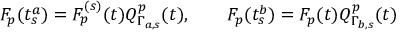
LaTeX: F _ { p } ( t _ { s } ^ { a } ) = F _ { p } ^ { ( s ) } ( t ) Q _ { \Gamma _ { a , s } } ^ { p } ( t ) , \qquad F _ { p } ( t _ { s } ^ { b } ) = F _ { p } ( t ) Q _ { \Gamma _ { b , s } } ^ { p } ( t )